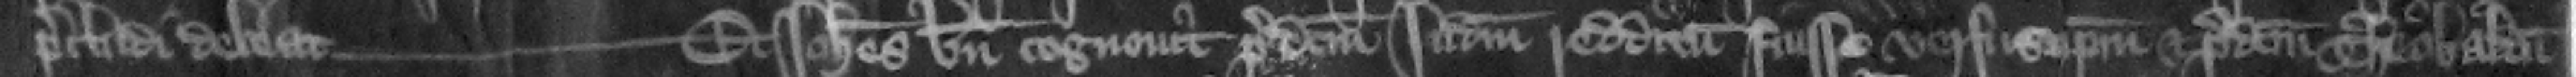
precludi debeat. --- Et Iohannes bene cognouit predictum iudicium redditum fuisse versus ipsum et predictum Theobaldum